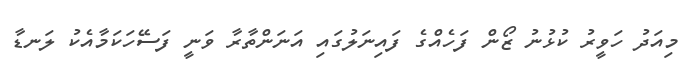
މިއަދު ހަވީރު ކުޅުނު ޒޯން ފަހެއްގެ ފައިނަލުގައި އަނަންތާރާ ވަނީ ފަސޭހަކަމާއެކު ލަނޑާ